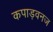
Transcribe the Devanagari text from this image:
कपाड़वनज